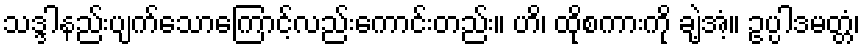
သဒ္ဒါနည်းပျက်သောကြောင့်လည်းကောင်းတည်း။ ဟိ၊ ထိုစကားကို ချဲ့အံ့။ ဥပ္ပါဒမတ္တံ၊